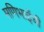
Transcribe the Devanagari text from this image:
मणिभाईंची